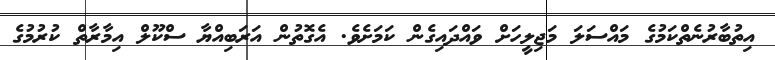
އިތުބާރުނެތްކަމުގެ މައްސަލަ މަޖިލީހަށް ވައްދައިގެން ކަމަށެވެ. އެގޮތުން އަރަބިއްޔާ ސްކޫލް އިމާރާތް ކުރުމުގެ